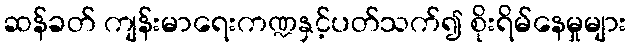
ဆန်ခတ် ကျန်းမာရေးကဏ္ဍနှင့်ပတ်သက်၍ စိုးရိမ်နေမှုများ